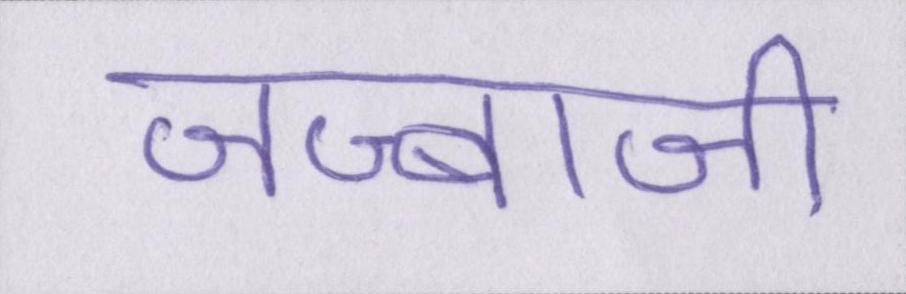
जज्बाजी